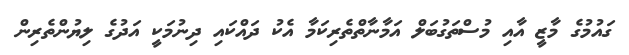
ގައުމުގެ މާޒީ އާއި މުސްތަގުބަލް އަމާނާތްތެރިކަމާ އެކު ދައްކައި ދިނުމަކީ އަދުގެ ލިޔުންތެރިން